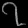
Digit: ၇